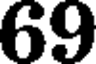
69